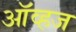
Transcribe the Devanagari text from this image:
ऑव्हज